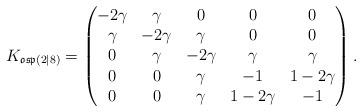
LaTeX: \begin{align*}K_{\mathfrak{osp}(2|8)}=\begin{pmatrix}-2\gamma & \gamma & 0 & 0 & 0 \\\gamma & -2\gamma & \gamma & 0 & 0 \\0 & \gamma & -2\gamma & \gamma & \gamma \\0 & 0 & \gamma &-1 & 1-2\gamma \\0& 0 & \gamma & 1-2\gamma & -1 \\\end{pmatrix}.\end{align*}